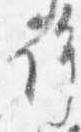
許